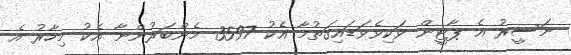
ނަސީރު އެ ޕާޓީން ވަކިވެވަޑައިގަތުމާ އެކު 3597 މެންބަރުންނާ އެކު މިހާރު އެ